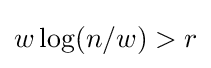
w\log(n/w)>r